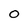
Character: o